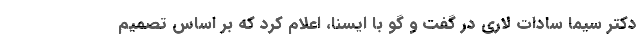
دکتر سیما سادات لاری در گفت و گو با ایسنا، اعلام کرد که بر اساس تصمیم